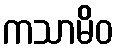
ကသာမိဝ